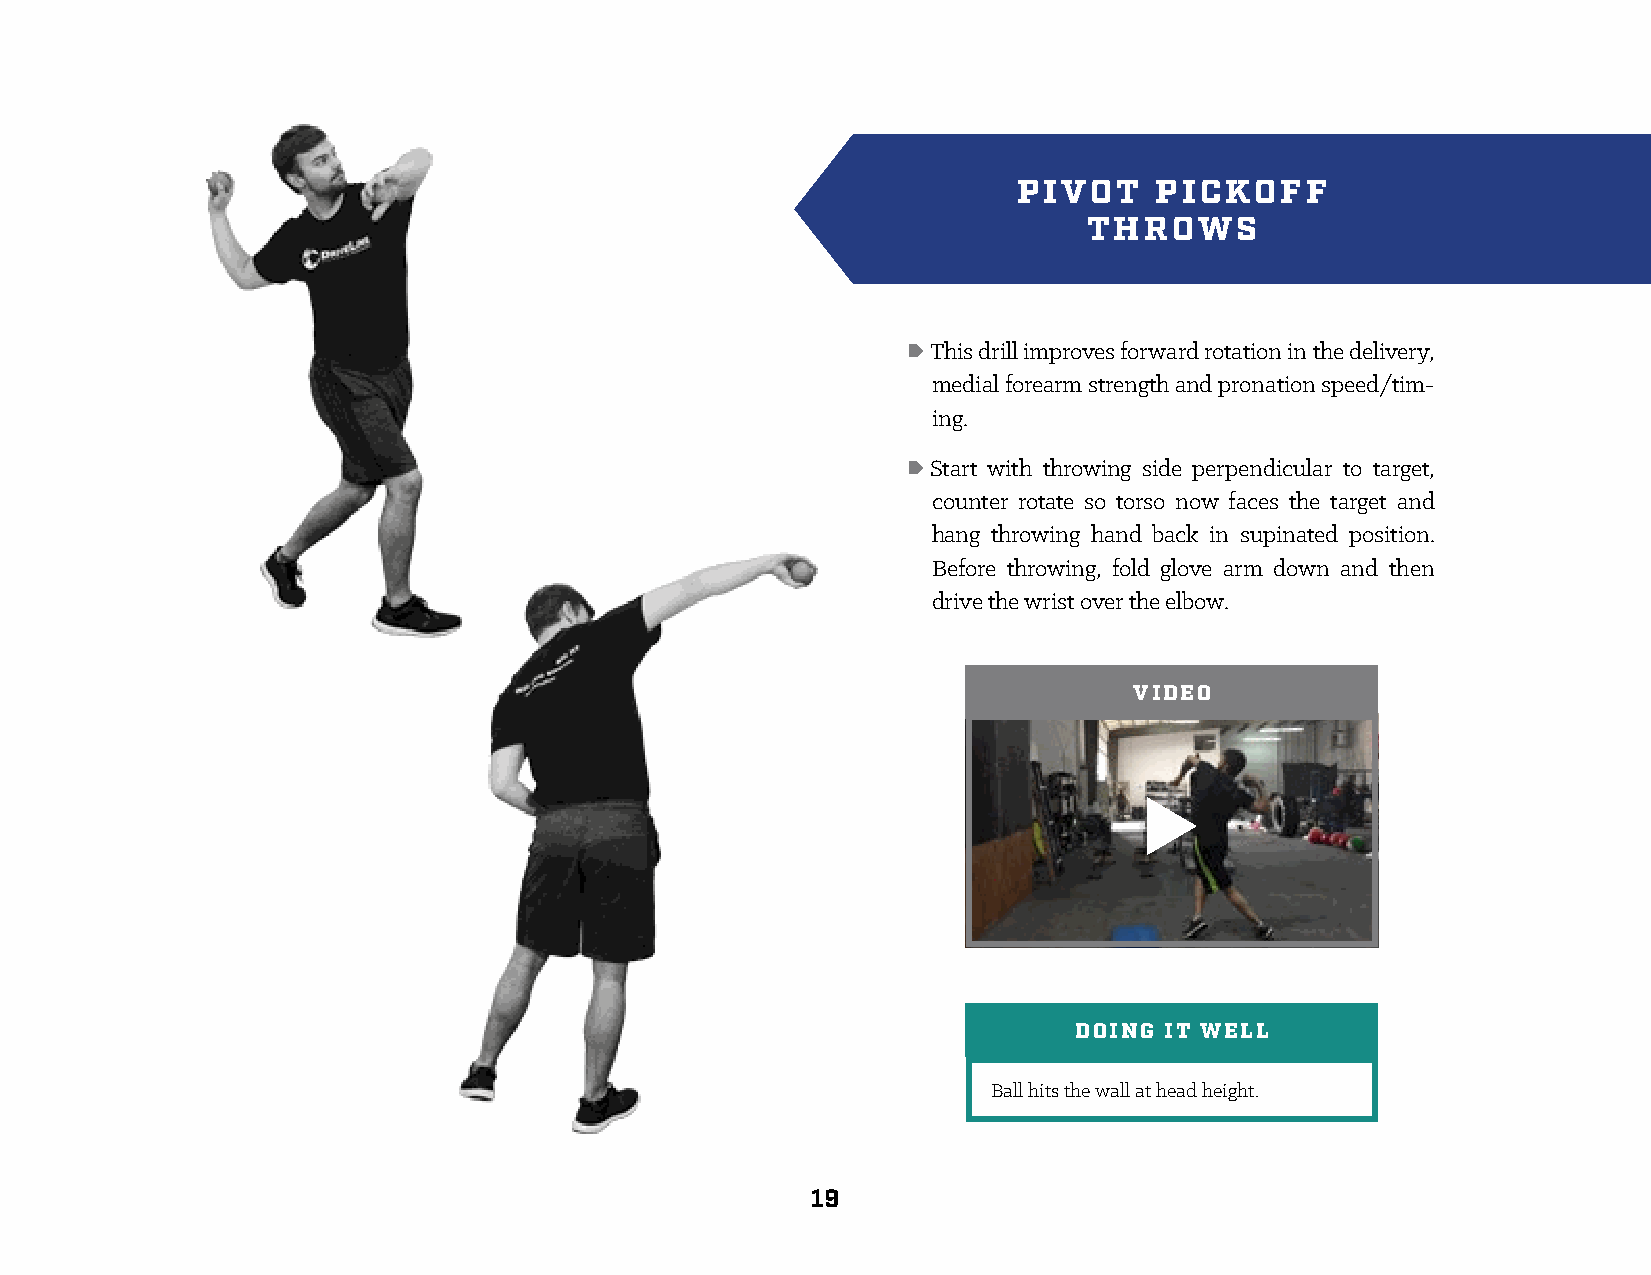
PIVOT    PICKOFF
 THROWS
 • This drill improves forward rotation in the delivery,
 medial forearm strength and pronation speed/tim-
 ing.
 • Start with throwing side perpendicular to target,
 counter rotate so torso now faces the target and
 hang throwing hand back in supinated position.
 Before throwing, fold glove arm down and then
 drive the wrist over the elbow.
 VIDEO
 DOING IT WELL
 Ball hits the wall at head height.
 19